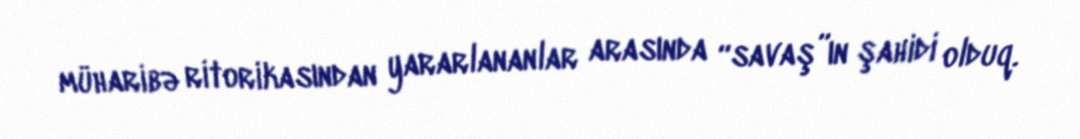
müharibə ritorikasından yararlananlar arasında “savaş”ın şahidi olduq.